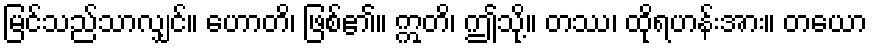
မြင်သည်သာလျှင်။ ဟောတိ၊ ဖြစ်၏။ ဣတိ၊ ဤသို့။ တဿ၊ ထိုရဟန်းအား။ တယော